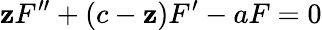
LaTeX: \mathbf{z}F^{\prime\prime}+(c-\mathbf{z})F^{\prime}-aF=0